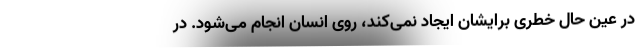
در عین حال خطری برایشان ایجاد نمی‌کند، روی انسان انجام می‌شود. در